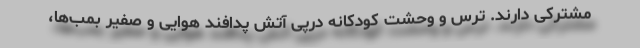
مشترکی دارند. ترس و وحشت کودکانه درپی آتش پدافند هوایی و صفیر بمب‌ها،